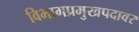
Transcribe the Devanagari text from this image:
विभागप्रमुखपदावर